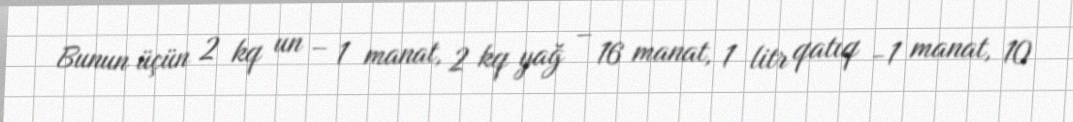
Bunun üçün 2 kq un – 1 manat, 2 kq yağ – 16 manat, 1 litr qatıq -1 manat, 10